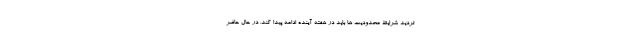
تردید شرایط محدودیت ها باید در هفته آینده ادامه پیدا کند. در حال حاضر